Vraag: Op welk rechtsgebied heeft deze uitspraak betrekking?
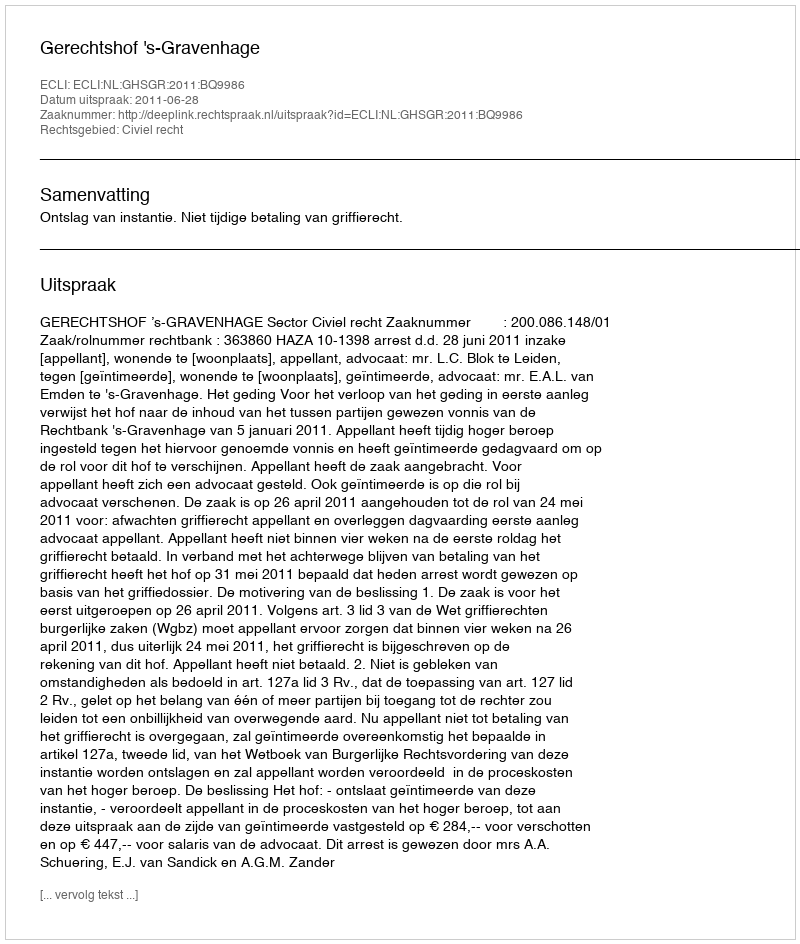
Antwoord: Civiel recht